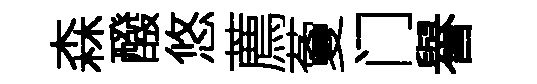
森醱悠薦藑门譽